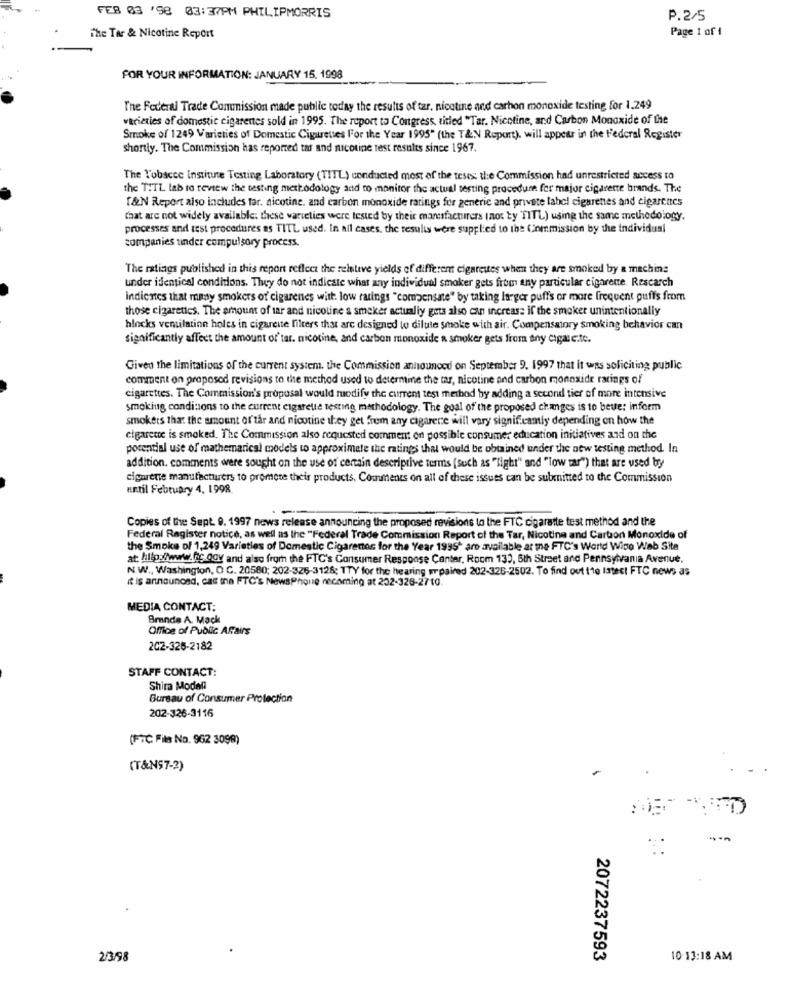
FEB 03 '98 03:37PM PHILIPMORRIS
P. 2/5
Page 1 of 1
The Ter & Nicotine Report
FOR YOUR INFORMATION: JANUARY 15, 1998
The Federal Trade Commission made public today the results of tar, nicotine and carbon monoxide testing for 1,249
varieties of domestic cigarettes sold in 1995. The report to Congress, titled "Tar. Nicotine, and Carbon Monoxide of the
Smoke of 1249 Varieties of Domestic Cigarettes For the Year 1995" (the T&N Roport). will appear in the Federal Register
shortly. The Commission has reported tar and nicotine test results since 1967.
The l'obscce institute Testing Laboratory (TITL) conducted mest of the teses: the Commission had unrestricted access to
the TITL lab to review the testing methodology and to monitor the actual testing procedure for major cigarette brands. The
[&N Report also includes tar. nicotine, and carbon monoxide ratings for generic and private label cigarettes and cigarettes
(hat arc not widely available. these varieties were tested by their manufacturers (not ty 'TITL) using the same methodology.
processes and test procedures as TITL used. In all cases. the results were supplied to the Commission by the individual
companies under compulsory process.
The ratings published in this report reflect the relative yields of different cigarettes when they are smoked by a machine
under identical conditions. They do not indieste what any individual smoker gets from any particular cigarette. Rescarch
Indicates that may smokers of cigarenes witt. low ratings "compensate" by taking larger puffs or more frequent puffs from
those cigaretics. The amount of tar and nicotine a smoker actually gets also can increase if the smoker unintentionally
hlocks ventilation holes in cigarette filters that are designed to dilute smoke with air. Compensatory Smoking behavior can
significantly affect the amount of' tar. nicotine, and carbon monoxide & smoker gets from any cigare.te.
Given the limitations of the current system. the Commission announced on September 9. 1997 that it was soliciting public
comment on proposed revisions to the method used to determine the tar, nicotine and carbon monoxide ratings of
cigarettes. The Commission's proposal would ruodify the current test method by adding a second tier of more intensive
smoking conditions to the current cigarette testing methodology. The goal of the proposed changes is to beve: inform
smokers that the amount of'tar and nicotine they get from any cigarette will vary significantly depending on how the
cigarette is smoked. The Commission also requested comment on possible consumer education initiatives and on the
potential use of mathematical models to approximate the ratings that would be obtained under the new testing method. In
addition. comments were sought on the use of certain descriptive terms (Such as "light" and "low tar") that are used by
cigarette manufacturers to promote their products. Comments on all of these issues can be submitted to the Commission
until February 4, 1998
Copies of the Sept. 9. 1997 news release announcing the proposed revisions to the FTC cigarette test method and the
Federal Register notice, as well as the "Federal Trade Commission Report of the Tar, Nicotine and Cartion Monoxide of
the Smoke of 1.249 Varieties of Domestic Cigarettes for the Year 1995* are available at the FTC's World Wide Web Site
at: http://www.fic.OGy and also from the FTC's Consumer Response Center, Room 130, 6th Street and Pennsylvania Avenue,
N.W ., Washington, O C. 20580; 202-325-3128; TTY for the hearing paired 202-326-2502. To find out It Istect FTC news as
it is announced, cac the FTC's NewsPhone necoming at 232-326-2710.
MEDIA CONTACT:
Branda A. Mack
Office of Public Affairs
202-325-2182
STAFF CONTACT:
Shira Modeli
Bureau of Consumer Protection
202-326-3116
(FTC Fila No. 962 3098)
(T&NST-2)
2/3/98
2072237593
10-13:18 AM